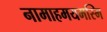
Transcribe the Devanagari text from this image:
नामाहमयमस्मि